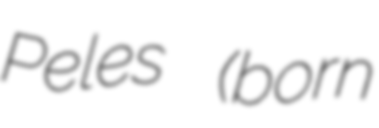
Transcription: Peles (born